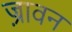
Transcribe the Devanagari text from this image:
ज़्रावन